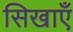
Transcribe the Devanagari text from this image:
सिखाएँ